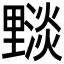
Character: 𨤵